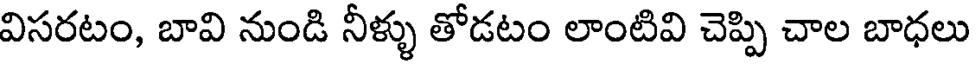
విసరటం, బావి నుండి నీళ్ళు తోడటం లాంటివి చెప్పి చాల బాధలు